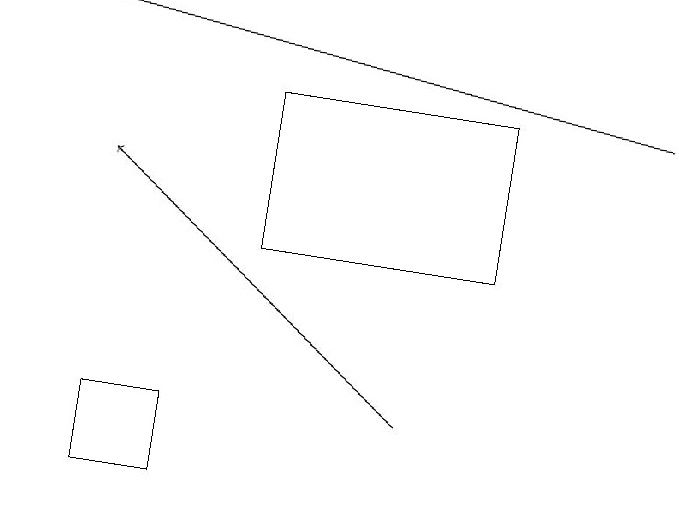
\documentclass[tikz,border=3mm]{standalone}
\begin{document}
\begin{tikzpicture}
\draw[->] (9,18) -- (1,19);
\draw[->] (6,14) -- (2,17);
\draw (3,14) rectangle (2,13);
\draw (4,18) rectangle (7,16);
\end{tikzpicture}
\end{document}